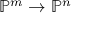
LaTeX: \mathbb { P } ^ { m } \to \mathbb { P } ^ { n }